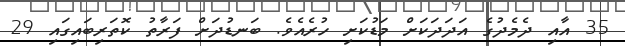
35 އާއި ދެމެދުގެ އަދަދަކަށް މަޑުކަށި ހުރެއެވެ. ބަނޑުދަށް ފަރާތު ކޮތަރިބައިގައި 29